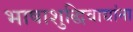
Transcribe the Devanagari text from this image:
भाषाशुद्धिवाद्यांना